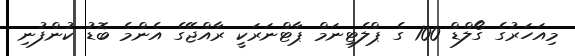
މިއަހަރުގެ ގޯލްޑް 100 ގެ ޕްލެޓިނަމް ޕާޓްނަރަކީ ރާއްޖޭގެ އެންމެ ބޮޑު ކުންފުނި